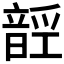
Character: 𱂑